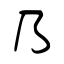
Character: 乃